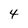
Character: 4